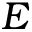
E